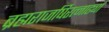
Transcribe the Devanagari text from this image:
ब्रह्मराजर्षिरत्नाढ्यां